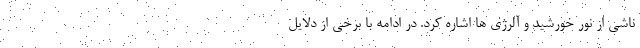
ناشی از نور خورشید و آلرژی ها اشاره کرد. در ادامه با برخی از دلایل